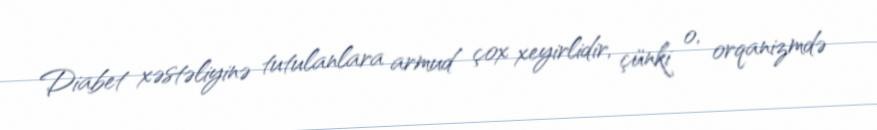
Diabet xəstəliyinə tutulanlara armud çox xeyirlidir, çünki o, orqanizmdə